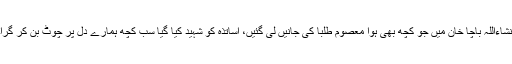
انشاءاللہ باچا خان میں جو کچھ بھی ہوا معصوم طلبا کی جانیں لی گئیں، اساتذہ کو شہید کیا گیا سب کچھ ہمارے دل پر چوٹ بن کر گرا۔